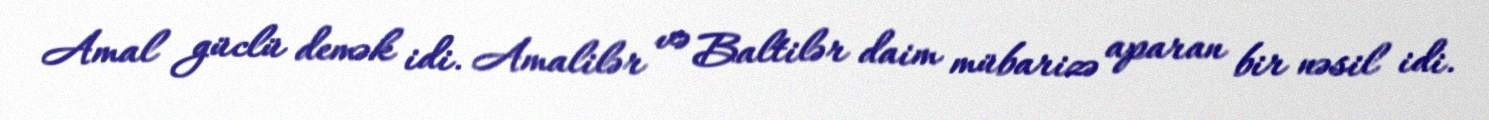
Amal güclü demək idi. Amalilər və Baltilər daim mübarizə aparan bir nəsil idi.